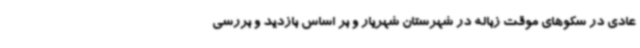
عادی در سکوهای موقت زباله در شهرستان شهریار و بر اساس بازدید و بررسی